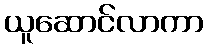
ယူဆောင်လာကာ